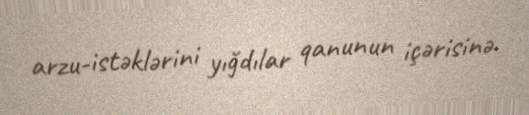
arzu-istəklərini yığdılar qanunun içərisinə.